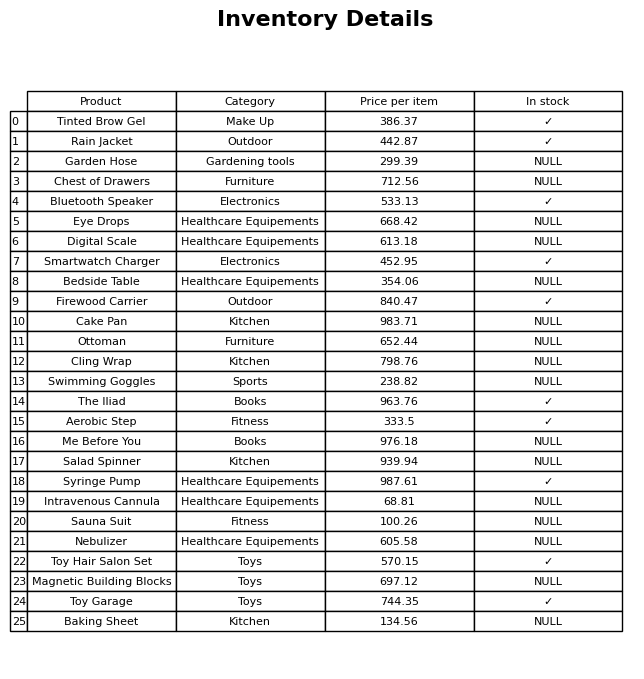
question: What is the price for Tinted Brow Gel?
answer: The price of Tinted Brow Gel is 386.37.